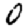
Digit: 0